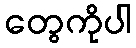
တွေကိုပါ